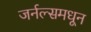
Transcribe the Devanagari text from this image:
जर्नल्समधून